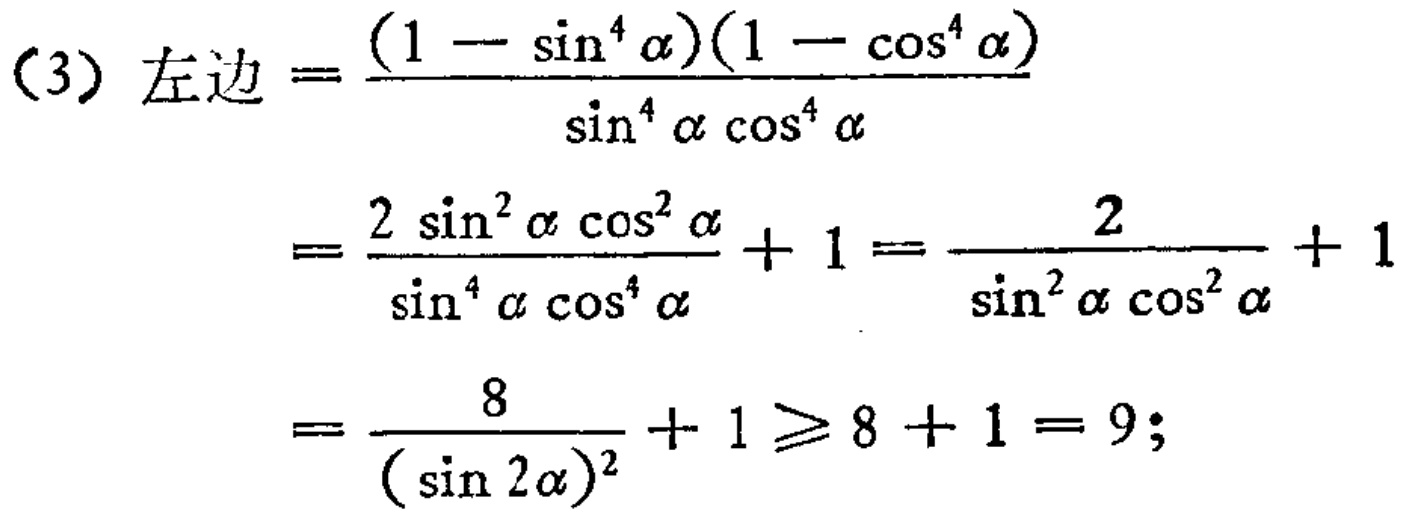
\[

\begin{align*}

(3)\text{ 左边}&=\frac{(1 - \sin^{4}\alpha)(1 - \cos^{4}\alpha)}{\sin^{4}\alpha\cos^{4}\alpha}\\

&=\frac{2\sin^{2}\alpha\cos^{2}\alpha}{\sin^{4}\alpha\cos^{4}\alpha}+ 1=\frac{2}{\sin^{2}\alpha\cos^{2}\alpha}+ 1\\

&=\frac{8}{(\sin 2\alpha)^{2}}+ 1\geq 8 + 1 = 9;

\end{align*}

\]